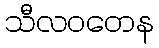
သီလဝတေန